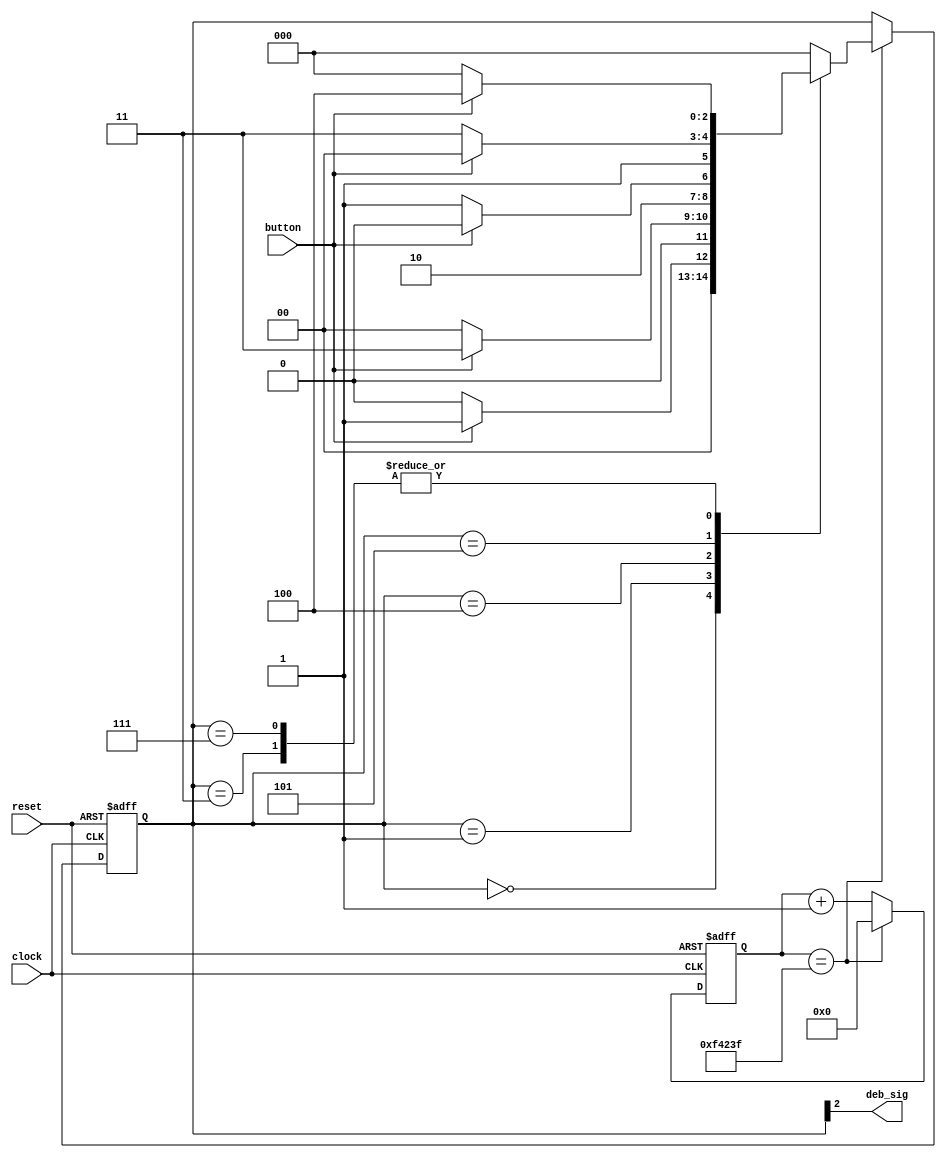
`timescale 1ns / 1ps
//////////////////////////////////////////////////////////////////////////////////
// 
// Module Name: debounce
// 
// Description: The debouncer converts the bouncing waveforms of a button signal
// into a consistent on or off signal.
// 
// 
//////////////////////////////////////////////////////////////////////////////////


module debounce(
    input clock,
    input reset,
    input button,
    output deb_sig
    );
    
    parameter [31:0] basys_clk = 100 * 10**6;
    parameter [31:0] deb_clk = (basys_clk / 100) - 1;
    reg [31:0] deb_ctr = 0;
    reg [2:0] debouncer = 3'b000;
    
    always @ (posedge clock, posedge reset)
        begin
        if (reset)
            begin
            deb_ctr <= 0;
            debouncer <= 3'b000;
            end
        else if (deb_ctr == deb_clk)
            begin
            deb_ctr <= 0;
            case (debouncer)
                3'b000 : if (button == 1'b1) debouncer <= 3'b001; else debouncer <= 3'b000;
                3'b001 : if (button == 1'b1) debouncer <= 3'b011; else debouncer <= 3'b000;
                3'b011 : if (button == 1'b1) debouncer <= 3'b100; else debouncer <= 3'b000;
                3'b100 : if (button == 1'b0) debouncer <= 3'b101; else debouncer <= 3'b100;
                3'b101 : if (button == 1'b0) debouncer <= 3'b111; else debouncer <= 3'b100;
                3'b111 : if (button == 1'b0) debouncer <= 3'b000; else debouncer <= 3'b100;
                default : debouncer <= 3'b000;
            endcase
            end
        else
            deb_ctr <= deb_ctr + 1;
        end
    
    assign deb_sig = debouncer[2];
    
endmodule